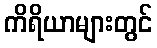
ကိရိယာများတွင်